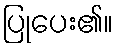
ပြုပေး၏။